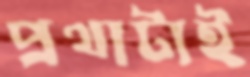
প্রথাটাই